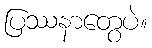
ပြဿနာတွေပဲ။